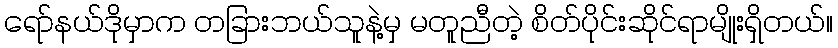
ရော်နယ်ဒိုမှာက တခြားဘယ်သူနဲ့မှ မတူညီတဲ့ စိတ်ပိုင်းဆိုင်ရာမျိုးရှိတယ်။